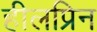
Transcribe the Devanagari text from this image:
हीलप्रिन